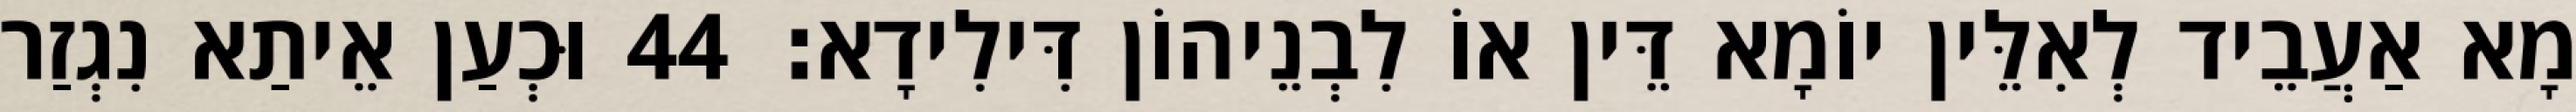
מָא אַעֲבֵיד לְאִלֵּין יוֹמָא דֵּין אוֹ לִבְנֵיהוֹן דִּילִידָא׃ 44 וּכְעַן אֵיתַא נִגְזַר